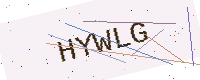
Text: HYWLG